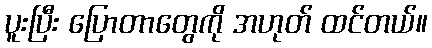
ပူးပြီး ပြောတာတွေကို အဟုတ် ထင်တယ်။